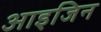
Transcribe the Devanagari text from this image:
आइजिन